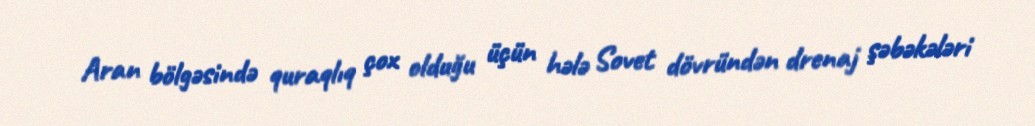
Aran bölgəsində quraqlıq çox olduğu üçün hələ Sovet dövründən drenaj şəbəkələri